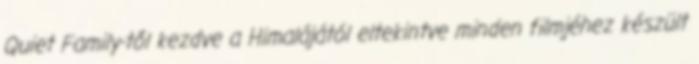
Quiet Family-től kezdve a Himalájától eltekintve minden filmjéhez készült